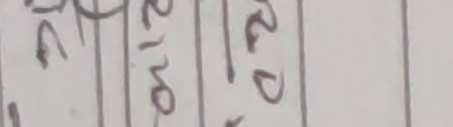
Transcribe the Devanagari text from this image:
२D १102